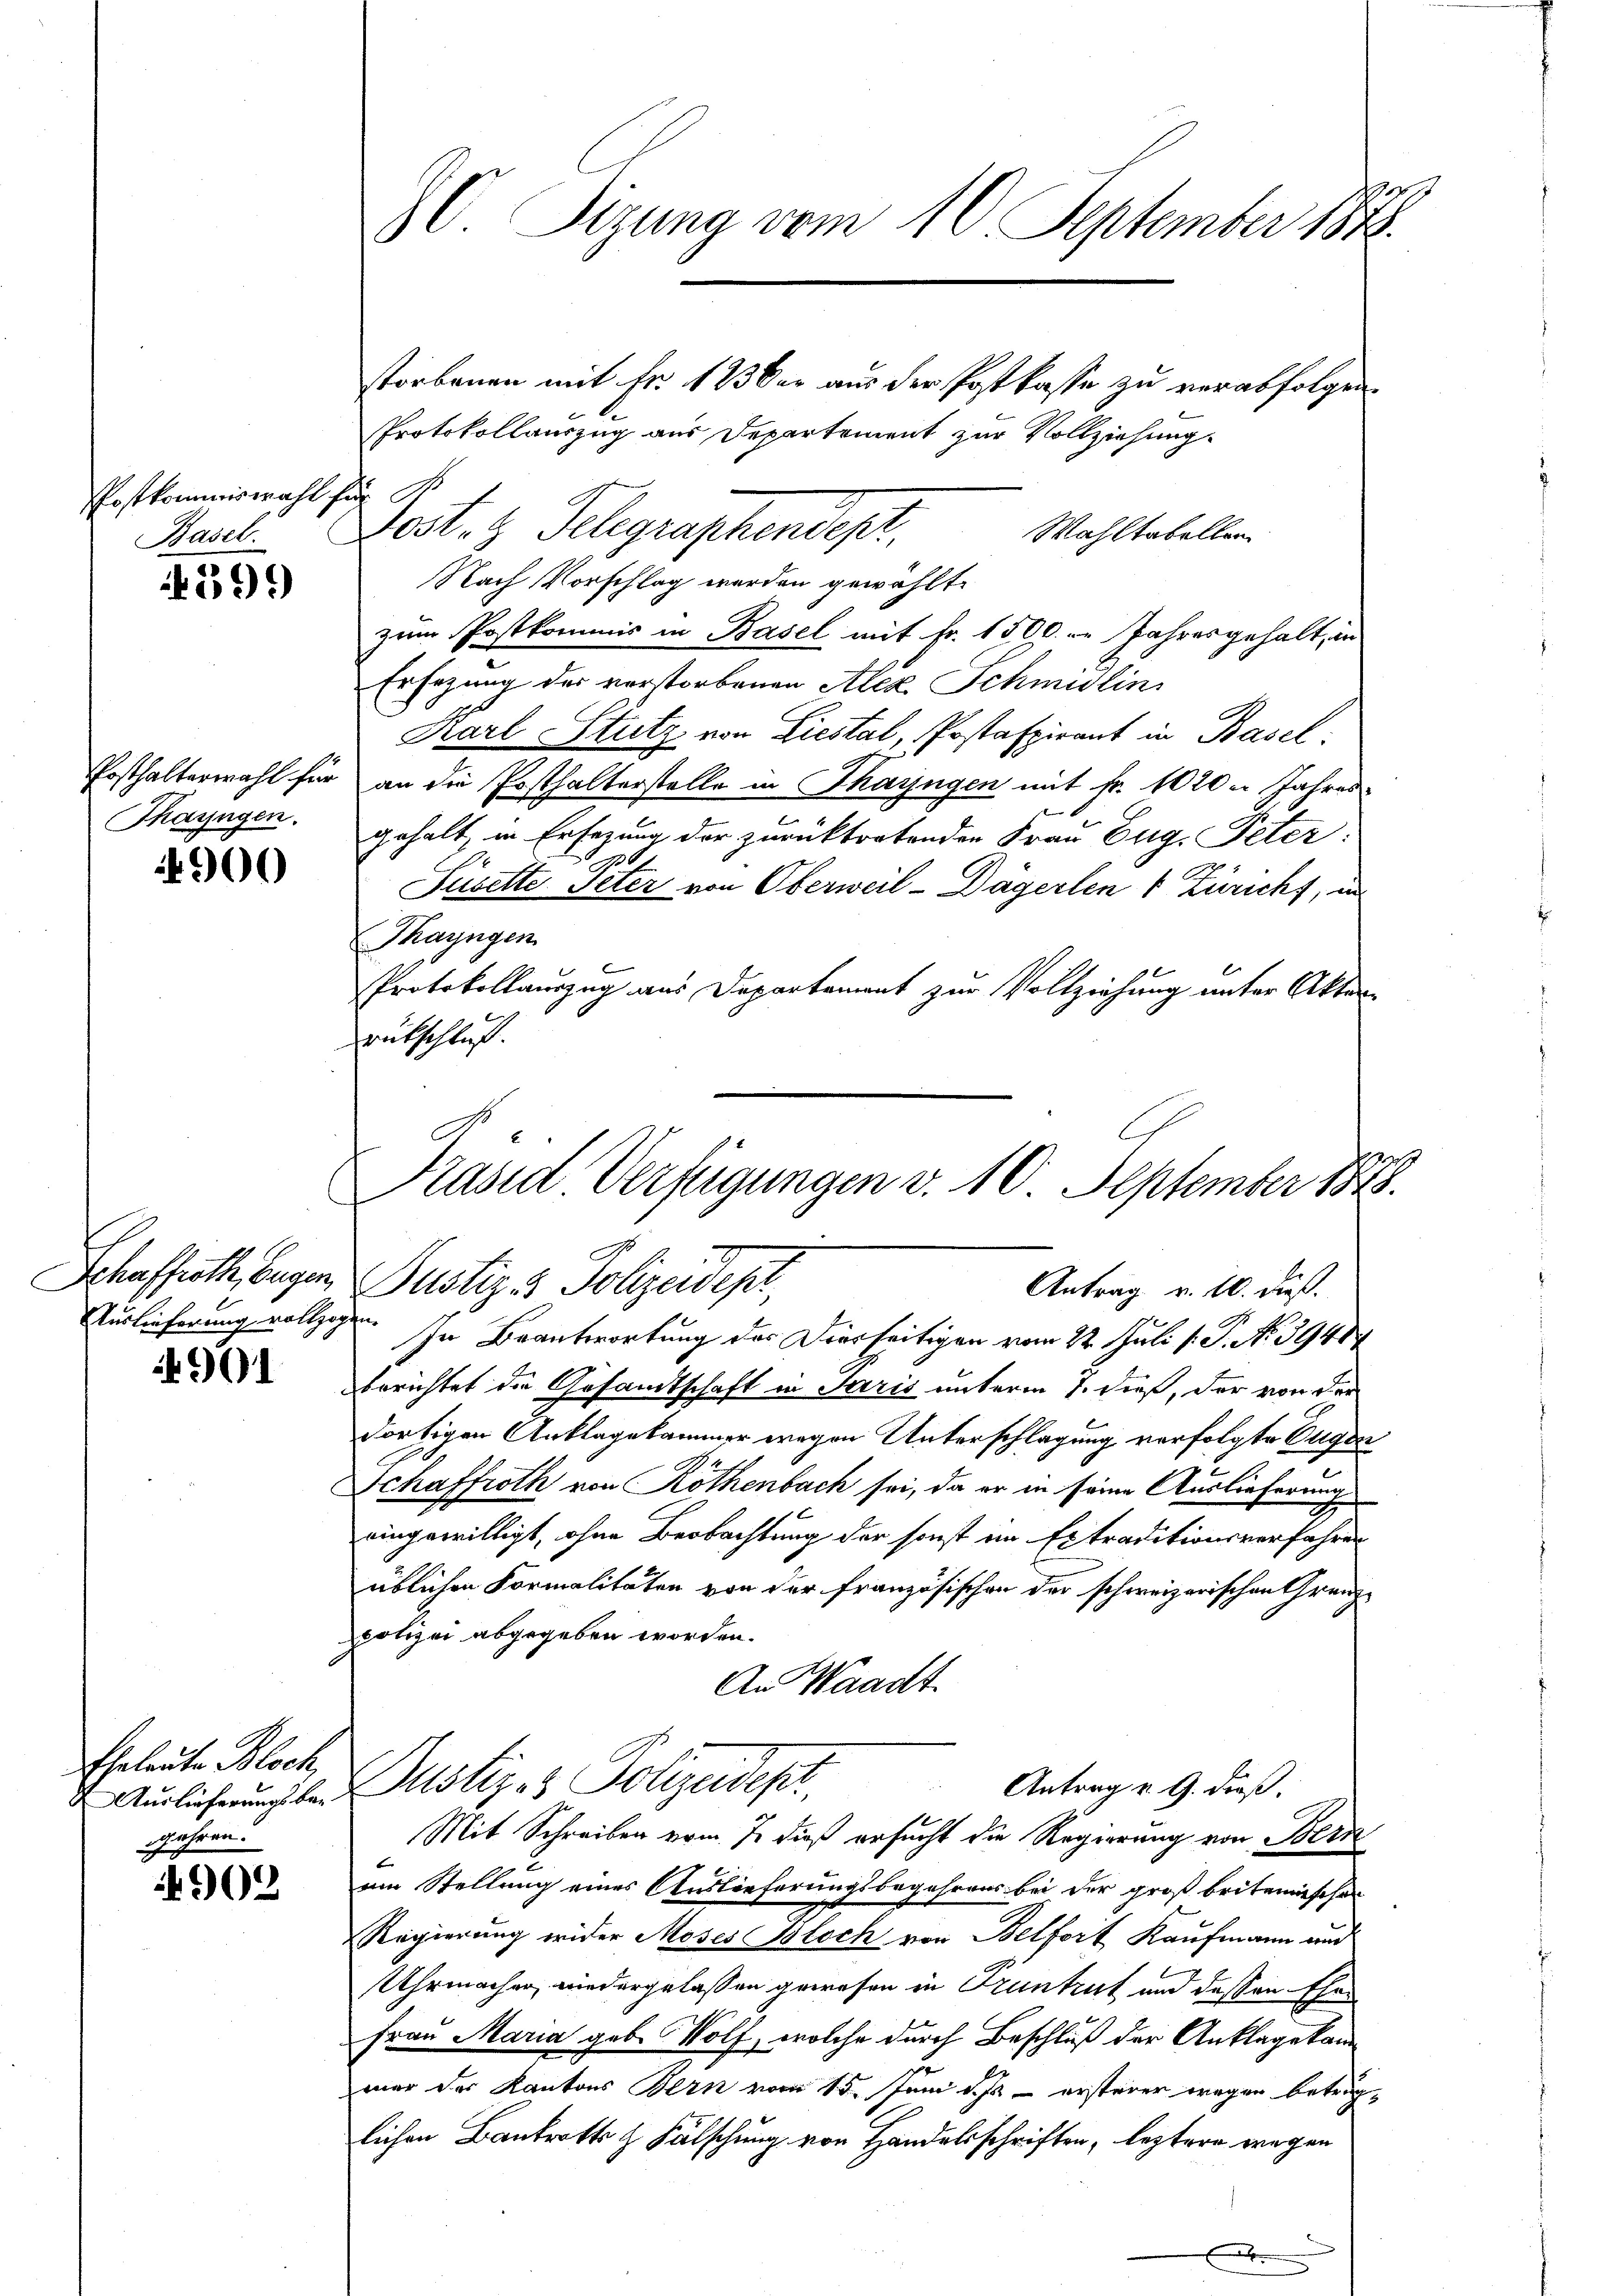
Postkommiswahl für
Basel.

599)

Posthalterwahl für
Thayngen.

4900

Auslieferung vollzog

901

Eheleute Block,
Auslieferungsbegehren.

4902

C. Sizung vom 10. September 1873.

Protokollauszug aus Departement zur Vollziehung.
dest. g. Telegraphendep
Wahltabellen
Nach Vorschlag werden gewählt.
zum Postkommis in Basel mit Fr. 1500. r. Jahresgehalt, in
Ersezung der verstorbenen Alex. Schmidlins
Karl Stutz von Liestal, Postafpirant in Basel
an die Posthalterstelle in Thayngen mit fr. 1020. Jahres
gehalt, in Ersezung der zurücktretenden Frau Eug. Peter:
0
Püsette Peter von Oberweil-Dägerlen & Züricht, in
Thayngen.
Protokollauszug aus Departement zur Vollziehung unter Akten-
eutschluss.

storbenen mit Fr. 133ber aus der Postkasse zu verabfolgen.

e. In Beantwortung des Dierseitigen vom 22. Juli 1. P. No 3941
berichtet die Gesandtschaft in Paris unterm 7. dieß, der von der
dortigen Anklagekammer wegen Unterschlagung verfolgte Eugen
G
Schaffroth von Rothenbach sei, da er in seine Auslieferung
eingewilligt, ohne Beobachtung der sonst im Extraditionsverfahren
üblichen Formalitäten von der französischen der schweizerischen Grenz-
polizei abgegeben worden.
An Waadt
Dustiz- & Polizeidespr
Antrag u. 9. dieß.
Mit Schreiben vom J. dieß ersucht die Regierung von Bern
am Stellung eines Auslieferungsbegehrens bei der groß britanischen
Regierung wider Moses Bloch von Belfort Kaufmann und
Uhrmachen, wiedergelassen gewesen in Truntrut und dessen Ehen
Frau Maria geb. Wolf, welche durch Beschluß der Anklage kam
mar der Kantons Bern vom 15. Juni d. Js. ersterer wegen betraglichen Bankrotts & Fälschung von Handelsschriften, leztere wegen

Präsid Verfügungen v. 10. September 1848.
Schaffrath, begen Justiz & Polizeidepi,
Antrag v. 10. dieß.

b